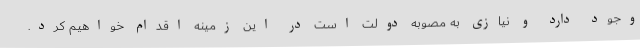
وجود دارد و نیازی به مصوبه دولت است در این زمینه اقدام خواهیم کرد.